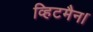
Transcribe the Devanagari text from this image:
व्हिटमैन।